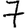
Digit: 7